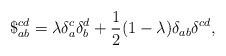
\begin{align*}\$_{ab}^{cd} = \lambda\delta_a^c\delta_b^d +\frac{1}{2}(1-\lambda)\delta_{ab}\delta^{cd},\end{align*}